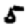
Digit: 5